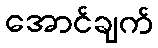
အောင်ချက်